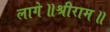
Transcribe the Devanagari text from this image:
लागे॥श्रीराम॥